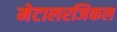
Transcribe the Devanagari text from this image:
मेटालरजिकल